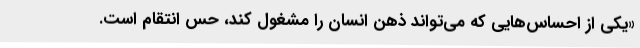
«یکی از احساس‌هایی که می‌تواند ذهن انسان را مشغول کند، حس انتقام است.